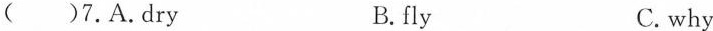
( )7.A.dry B.fly C. why